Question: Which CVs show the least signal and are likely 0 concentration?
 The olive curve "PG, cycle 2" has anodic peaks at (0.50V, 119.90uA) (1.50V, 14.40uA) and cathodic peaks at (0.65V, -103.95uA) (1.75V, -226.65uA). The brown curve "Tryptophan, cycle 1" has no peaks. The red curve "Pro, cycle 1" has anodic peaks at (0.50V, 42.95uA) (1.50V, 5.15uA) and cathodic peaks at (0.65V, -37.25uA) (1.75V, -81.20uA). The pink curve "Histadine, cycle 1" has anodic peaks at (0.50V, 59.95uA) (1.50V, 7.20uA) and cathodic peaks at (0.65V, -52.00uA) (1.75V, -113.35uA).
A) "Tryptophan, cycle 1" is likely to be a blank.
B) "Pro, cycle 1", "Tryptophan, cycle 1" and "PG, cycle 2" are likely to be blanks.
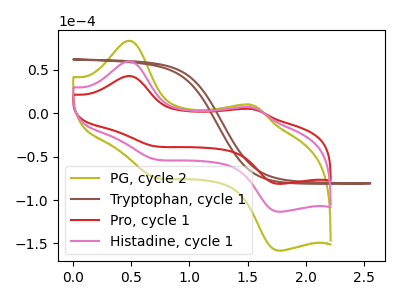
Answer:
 <answer>A) "Tryptophan, cycle 1" is likely to be a blank.</answer>
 <eval>A</eval>